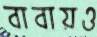
বাবায়ও